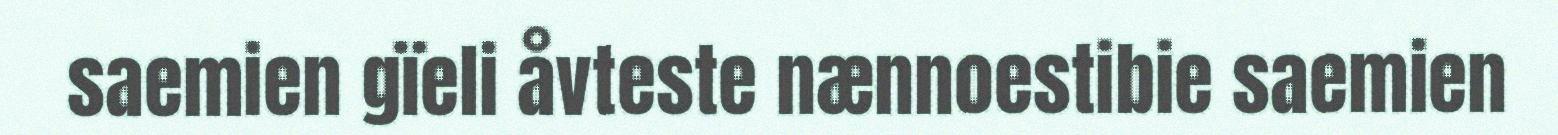
saemien gïeli åvteste nænnoestibie saemien